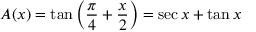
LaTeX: A ( x ) = \tan \left( { \frac { \pi } { 4 } } + { \frac { x } { 2 } } \right) = \sec x + \tan x